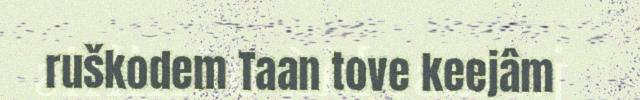
ruškodem Taan tove keejâm